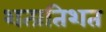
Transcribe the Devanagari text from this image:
शत्प्रतिशत